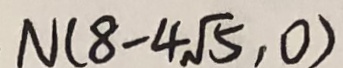
N ( 8 - 4 \sqrt { 5 } , 0 )